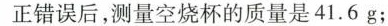
正错误后，测量空烧杯的质量是41.6g；